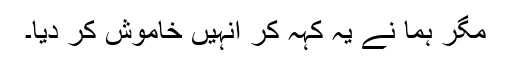
مگر ہما نے یہ کہہ کر انہیں خاموش کر دیا۔